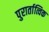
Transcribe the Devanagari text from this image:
पुरार्तात्विक